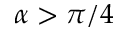
\alpha > \pi / 4